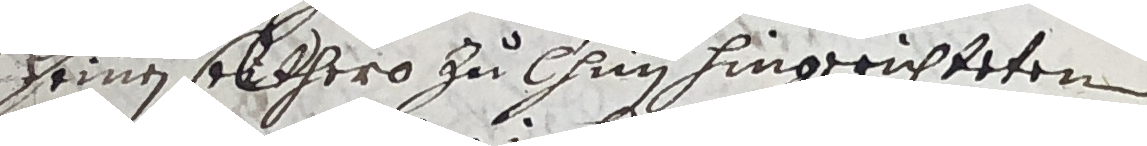
seinen elthero zu Chin hingerichteten